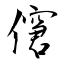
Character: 僒